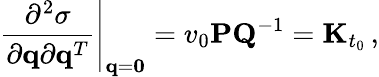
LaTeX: \left.\frac{\partial^{2}\sigma}{\partial{\mathbf q}\partial{\mathbf q}^{T}}\right|_{{\mathbf q}={\mathbf 0}}=v_{0}{\mathbf P}{\mathbf Q}^{-1}={\mathbf K}_{t_{0}}\, ,